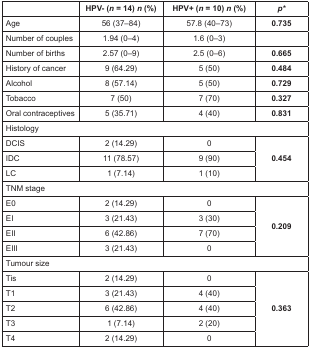
|  | HPV- (n = 14) n (%) | HPV+ (n = 10) n (%) | p* |
 | --- | --- | --- | --- |
 | Age | 56 (37–84) | 57.8 (40–73) | 0.735 |
 | Number of couples | 1.94 (0–4) | 1.6 (0–3) |  |
 | Number of births | 2.57 (0–9) | 2.5 (0–6) | 0.665 |
 | History of cancer | 9 (64.29) | 5 (50) | 0.484 |
 | Alcohol | 8 (57.14) | 5 (50) | 0.729 |
 | Tobacco | 7 (50) | 7 (70) | 0.327 |
 | Oral contraceptives | 5 (35.71) | 4 (40) | 0.831 |
 | <COLSPAN=4> Histology |
 | DCIS | 2 (14.29) | 0 | <ROWSPAN=3> 0.454 |
 | IDC | 11 (78.57) | 9 (90) |
 | LC | 1 (7.14) | 1 (10) |
 | <COLSPAN=4> TNM stage |
 | E0 | 2 (14.29) | 0 | <ROWSPAN=4> 0.209 |
 | EI | 3 (21.43) | 3 (30) |
 | EII | 6 (42.86) | 7 (70) |
 | EIII | 3 (21.43) | 0 |
 | <COLSPAN=4> Tumour size |
 | Tis | 2 (14.29) | 0 | <ROWSPAN=5> 0.363 |
 | T1 | 3 (21.43) | 4 (40) |
 | T2 | 6 (42.86) | 4 (40) |
 | T3 | 1 (7.14) | 2 (20) |
 | T4 | 2 (14.29) | 0 |